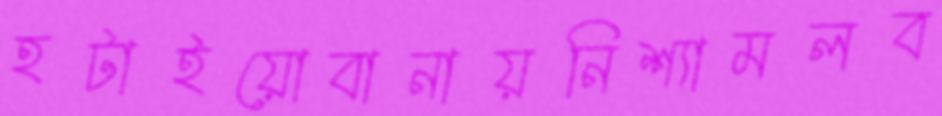
হটাইয়োবানায়নিশ্যামলব